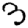
Digit: 3